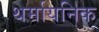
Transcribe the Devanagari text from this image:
थर्मायनिक